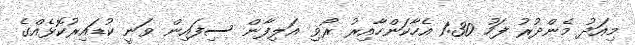
މިއަދު މެންދުރު ފަހު 1:30 އެހާކަންހާއިރު ރޯވި އަލިފާން ސިފައިން ވަނީ ކުޑައިރުކޮޅެއްގެ